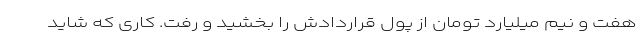
هفت و نیم میلیارد تومان از پول قراردادش را بخشید و رفت. کاری که شاید